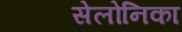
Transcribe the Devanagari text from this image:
सेलोनिका